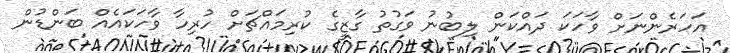
އަހަރެންނަށް ވާހަކަ ދައްކަން ލިބުނު ވަގުތު ގާޒީގެ ކުރިމައްޗަށް ހުރިހާ ވާހަކައެއް ބަންޑުން